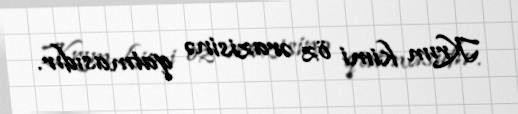
Krım kimi öz ərazisinə qatmasıdır.